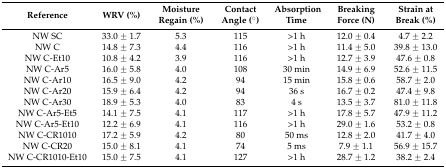
<table><thead><tr><td><b>Reference</b></td><td><b>WRV (%)</b></td><td><b>Moisture Regain (%)</b></td><td><b>Contact Angle (°)</b></td><td><b>Absorption Time</b></td><td><b>Breaking Force (N)</b></td><td><b>Strain at Break (%)</b></td></tr></thead><tbody><tr><td>NW SC</td><td>33.0 ± 1.7</td><td>5.3</td><td>115</td><td>&gt;1 h</td><td>12.0 ± 0.4</td><td>4.7 ± 2.2</td></tr><tr><td>NW C</td><td>14.8 ± 7.3</td><td>4.4</td><td>116</td><td>&gt;1 h</td><td>11.4 ± 5.0</td><td>39.8 ± 13.0</td></tr><tr><td>NW C-Et10</td><td>10.8 ± 4.2</td><td>3.9</td><td>116</td><td>&gt;1 h</td><td>12.7 ± 3.9</td><td>47.6 ± 0.8</td></tr><tr><td>NW C-Ar5</td><td>16.0 ± 5.8</td><td>4.0</td><td>108</td><td>30 min</td><td>14.9 ± 6.9</td><td>52.6 ± 11.5</td></tr><tr><td>NW C-Ar10</td><td>16.5 ± 9.0</td><td>4.2</td><td>94</td><td>15 min</td><td>15.8 ± 0.6</td><td>58.7 ± 2.0</td></tr><tr><td>NW C-Ar20</td><td>15.9 ± 6.4</td><td>4.2</td><td>94</td><td>36 s</td><td>16.7 ± 0.2</td><td>47.4 ± 9.8</td></tr><tr><td>NW C-Ar30</td><td>18.9 ± 5.3</td><td>4.0</td><td>83</td><td>4 s</td><td>13.5 ± 3.7</td><td>81.0 ± 11.8</td></tr><tr><td>NW C-Ar5-Et5</td><td>14.1 ± 7.5</td><td>4.1</td><td>117</td><td>&gt;1 h</td><td>17.8 ± 5.7</td><td>47.9 ± 11.2</td></tr><tr><td>NW C-Ar5-Et10</td><td>12.2 ± 6.9</td><td>4.1</td><td>116</td><td>&gt;1 h</td><td>29.0 ± 1.6</td><td>53.2 ± 0.8</td></tr><tr><td>NW C-CR1010</td><td>17.2 ± 5.9</td><td>4.2</td><td>80</td><td>50 ms</td><td>12.8 ± 2.0</td><td>41.7 ± 4.0</td></tr><tr><td>NW C-CR20</td><td>15.0 ± 8.1</td><td>4.1</td><td>74</td><td>5 ms</td><td>7.9 ± 1.1</td><td>56.9 ± 15.7</td></tr><tr><td>NW C-CR1010-Et10</td><td>15.0 ± 7.5</td><td>4.1</td><td>127</td><td>&gt;1 h</td><td>28.7 ± 1.2</td><td>38.2 ± 2.4</td></tr></tbody></table>